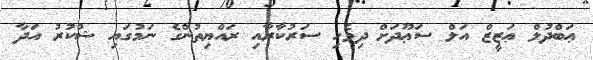
ޢަބްދުލް ޢަޒީޒް އަލް ސަޢޫދަށް ދިވެހި ސަރުކާރާއި ރައްޔިތުންގެ ނަމުގައި ޝުކުރު އަދާ